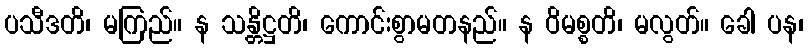
ပသီဒတိ၊ မကြည်။ န သန္တိဋ္ဌတိ၊ ကောင်းစွာမတနည်။ န ဝိမစ္စတိ၊ မလွတ်။ ခေါ ပန၊